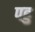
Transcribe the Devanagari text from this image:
पहु